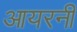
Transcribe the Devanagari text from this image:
आयरनी